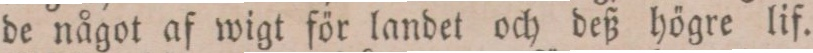
de något af wigt för landet och deß högre lif.